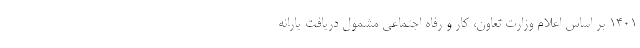
۱۴۰۱ بر اساس اعلام وزارت تعاون، کار و رفاه اجتماعی مشمول دریافت یارانه